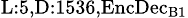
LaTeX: _{\textrm{L}:5,\textrm{D}:1536,\textrm{EncDec}_{\textrm{B}1}}